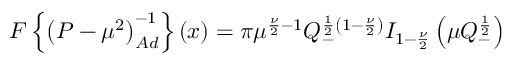
{ \cal { F } } \left\{ \left( P - { \mu } ^ { 2 } \right) _ { A d } ^ { - 1 } \right\} ( x ) = \pi { \mu } ^ { \frac { \nu } { 2 } - 1 } Q _ { - } ^ { \frac { 1 } { 2 } \left( 1 - \frac { \nu } { 2 } \right) } { \cal { I } } _ { 1 - \frac { \nu } { 2 } } \left( \mu Q _ { - } ^ { \frac { 1 } { 2 } } \right)